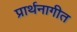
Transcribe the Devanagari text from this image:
प्रार्थनागीत